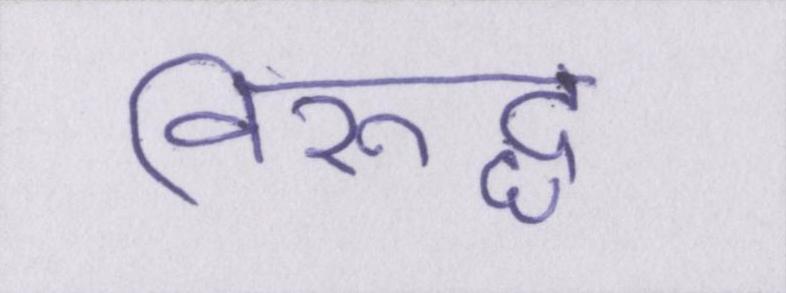
विरूद्ध